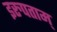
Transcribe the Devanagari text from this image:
इरुपताम्